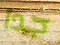
جدا